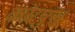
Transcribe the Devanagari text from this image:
कोरपुस